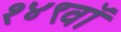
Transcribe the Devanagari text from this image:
१४९वॉ